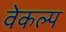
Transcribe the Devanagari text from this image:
वेकल्प